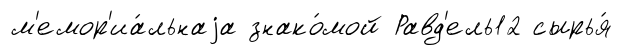
м'емор'иа́льнаjа знако́мой Равд'ель12 сырья́